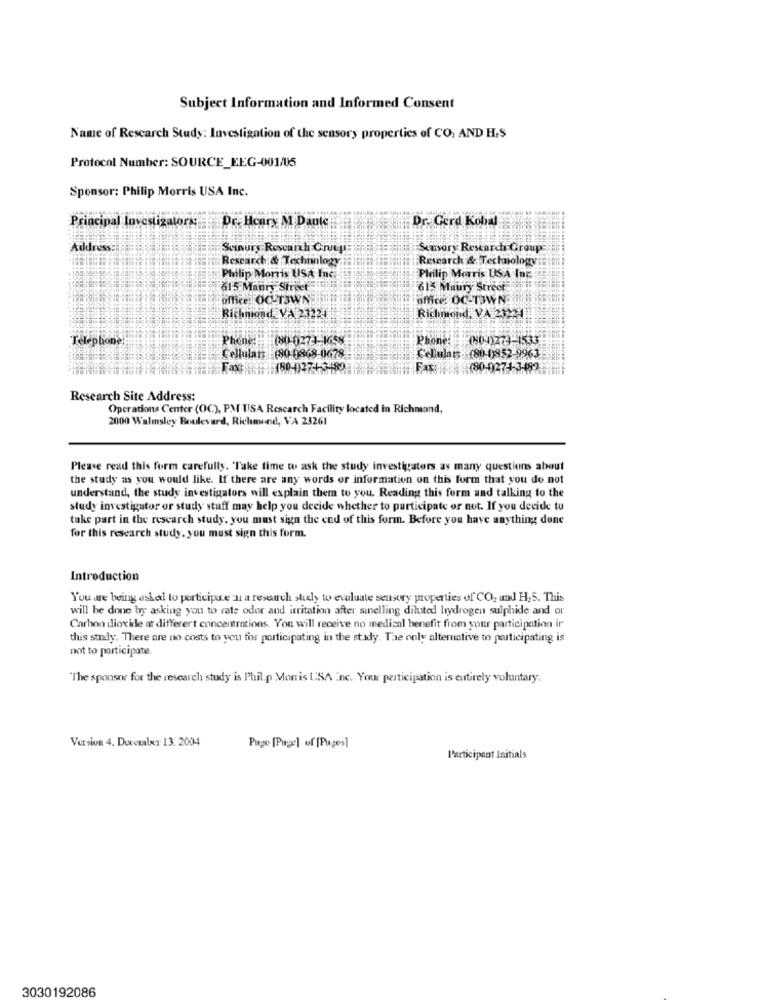
Subject Information and Informed Consent
Name of Rescarch Study: Investigation of the sensory properties of CO, AND HIS
Protocol Number: SOURCE_EEG-001/05
Sponsor: Philip Morris USA Inc.
Dr. Gerd Kobal
Principal Investigators. Dr. Hcarx M.Dante
Scinury Rescanlı Chuy
Sensory Research Group
Research & Technology
Research & Technology:
Philip Morris USA Ing
Philip Morris USA Inc.
615 Manry Street
#815 Maury Street
office: OC-T3WNE
aMce DC-TOWN
Richnidad VA 23121
Richmond, VA 23221
Telephone!
Phone: (80-0273-1658
Phone:
(80-1)273-1533
Cellular: (80-0952-9963
Cellulats (80-0868-0678
AVERE (80-0271-3482
Research Site Address:
Operations Center (OC), PM USA Research Facility located in Richmond,
2000 Walmsley Boulevard, Richmond, VA 23261
Please read this form carefully. Take time to ask the study investigators as many questions about
the study as you would like. If there are any words or information on this form that you do not
understand, the study investigators will explain them to you. Reading this form and talking to the
study investigator or study staff may help you decide whether to participate or not. If you decide to
take part in the research study, you must sign the end of this form. Before you have anything done
for this research study, you must sign this form.
Introduction
You are being asked to participate :u a research stuly to evaluate seusorry properties of CO2 and H2S. This
will be done by asking you to rate odor and irritation after sunelling diluted hydrogen sulphide and or
Carbon dioxide at different concentrations. You will receive no medical benefit from your participation ir
this study. There are no costs to you for participating in the study. Tae only alternative to participating is
not to participate
"The sponsor for the research study is Philip Morris USA inc. Your participation is entirely voluntary.
Version 4. Ducomxr 13. 2004
Page [Page] of [Pages]
Participant Initials
3030192086